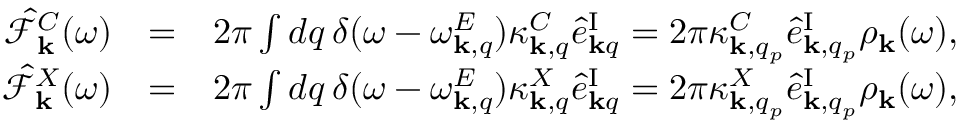
\begin{array} { r l r } { \hat { \mathcal { F } } _ { { \bf k } } ^ { C } ( \omega ) } & { = } & { 2 \pi \int d q \, \delta ( \omega - \omega _ { { \bf k } , q } ^ { E } ) \kappa _ { { \bf k } , q } ^ { C } \hat { e } _ { { \bf k } q } ^ { \mathrm { I } } = 2 \pi \kappa _ { { \bf k } , q _ { p } } ^ { C } \hat { e } _ { { \bf k } , q _ { p } } ^ { \mathrm { I } } \rho _ { { \bf k } } ( \omega ) , } \\ { \hat { \mathcal { F } } _ { { \bf k } } ^ { X } ( \omega ) } & { = } & { 2 \pi \int d q \, \delta ( \omega - \omega _ { { \bf k } , q } ^ { E } ) \kappa _ { { \bf k } , q } ^ { X } \hat { e } _ { { \bf k } q } ^ { \mathrm { I } } = 2 \pi \kappa _ { { \bf k } , q _ { p } } ^ { X } \hat { e } _ { { \bf k } , q _ { p } } ^ { \mathrm { I } } \rho _ { { \bf k } } ( \omega ) , } \end{array}